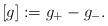
LaTeX: \begin{align*}[g]:=g_{+}-g_{-}.\end{align*}